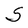
Character: S